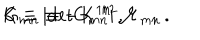
LaTeX: K \equiv | \mathrm { d e t } G _ { m n } | \, , \hspace { 1 c m } G _ { m n } \equiv - K ^ { 1 / 2 } { \cal M } _ { m n } \, .